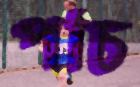
পচি